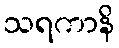
သရကာနိ